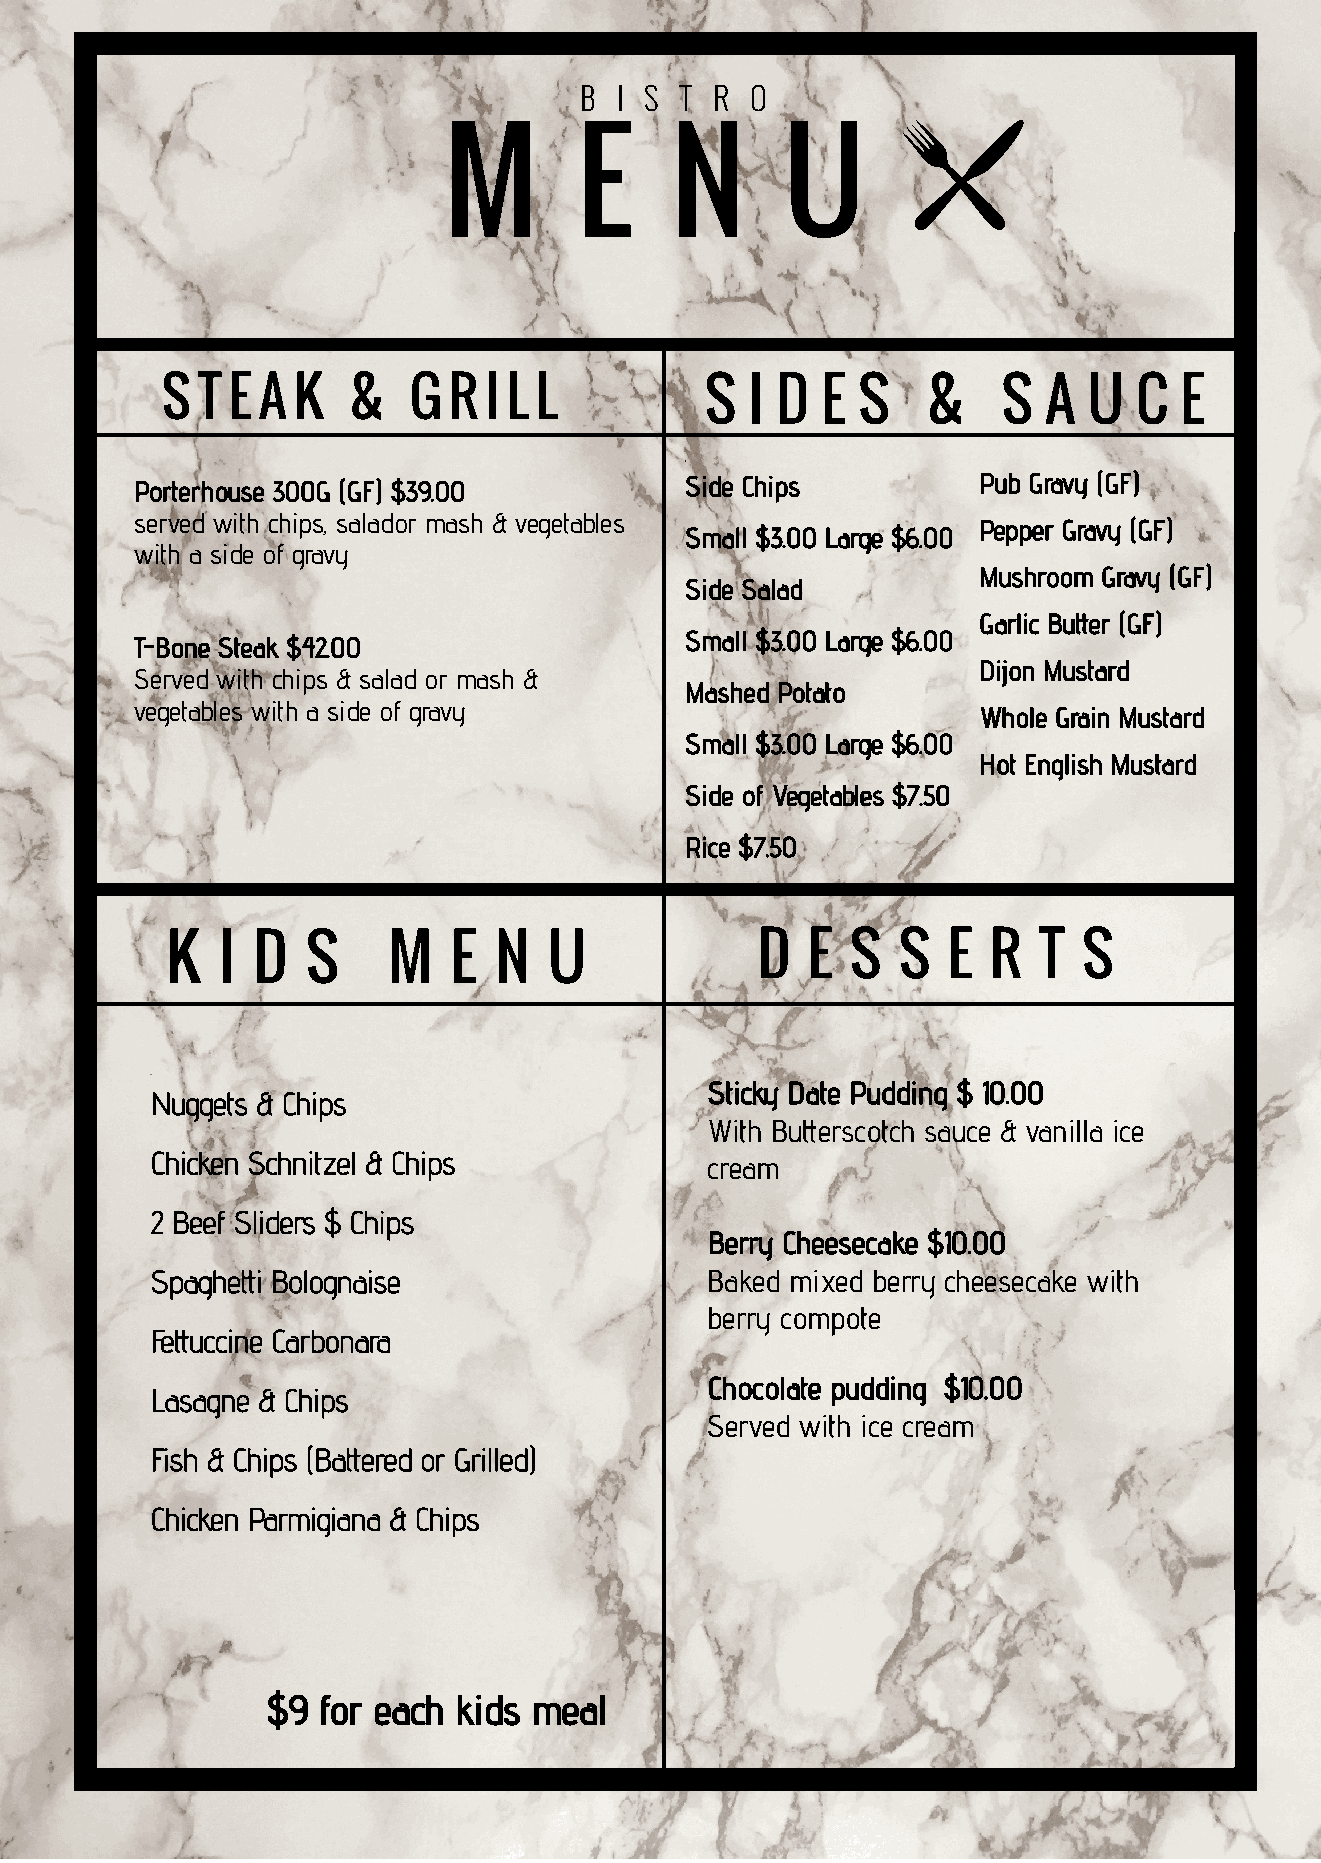
BB II SS TT RR OO
 MM       EE    NN      UU
 SS TT EE AA KK && GG RR II LL LL    SS II DD EE SS &&  SS AA UU CC EE
 PPoorrtteerrhhoouussee 330000GG ((GGFF)) $$3399..0000 SSiiddee CChhiippss PPuubb GGrraavvyy ((GGFF))
 sseerrvveedd wwiitthh cchhiippss,, ssaallaaddoorr mmaasshh && vveeggeettaabblleess
 PPeeppppeerr GGrraavvyy ((GGFF))
 SSmmaallll $$33..0000 LLaarrggee $$66..0000
 wwiitthh aa ssiiddee ooff ggrraavvyy
 MMuusshhrroooomm GGrraavvyy ((GGFF))
 SSiiddee SSaallaadd
 GGaarrlliicc BBuueerr ((GGFF))
 SSmmaallll $$33..0000 LLaarrggee $$66..0000
 TT--BBoonnee SStteeaakk $$4422..0000
 DDiijjoonn MMuussttaarrdd
 SSeerrvveedd wwiitthh cchhiippss && ssaallaadd oorr mmaasshh &&
 MMaasshheedd PPoottaattoo
 vveeggeettaabblleess wwiitthh aa ssiiddee ooff ggrraavvyy
 WWhhoollee GGrraaiinn MMuussttaarrdd
 SSmmaallll $$33..0000 LLaarrggee $$66..0000
 HHoott EEnngglliisshh MMuussttaarrdd
 SSiiddee ooff VVeeggeettaabblleess $$77..5500
 RRiiccee $$77..5500
 KK II DD SS    MM  EE NN UU            DD EE SS SS  EE RR TT SS
 SSttiicckkyy DDaattee PPuuddddiinngg $$ 1100..0000
 NNuuggggeettss && CChhiippss
 WWiitthh BBuueerrssccoottcchh ssaauuccee && vvaanniillllaa iiccee
 CChhiicckkeenn SScchhnniittzzeell && CChhiippss ccrreeaamm
 22 BBeeeeff SSlliiddeerrss $$ CChhiippss
 BBeerrrryy CChheeeesseeccaakkee $$1100..0000
 SSppaagghheeii BBoollooggnnaaiissee BBaakkeedd mmiixxeedd bbeerrrryy cchheeeesseeccaakkee wwiitthh
 bbeerrrryy ccoommppoottee
 FFeeuucccciinnee CCaarrbboonnaarraa
 CChhooccoollaattee ppuuddddiinngg $$1100..0000
 LLaassaaggnnee && CChhiippss
 SSeerrvveedd wwiitthh iiccee ccrreeaamm
 FFiisshh && CChhiippss ((BBaaeerreedd oorr GGrriilllleedd))
 CChhiicckkeenn PPaarrmmiiggiiaannaa && CChhiippss
 $$99 ffoorr eeaacchh kkiiddss mmeeaall